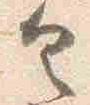
具